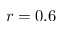
r = 0 . 6